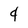
Character: 4